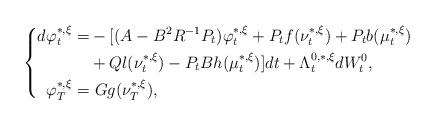
LaTeX: \begin{align*}\left\{\begin{aligned}d\varphi_t^{*,\xi}=&-[(A-B^2R^{-1}P_t)\varphi_t^{*,\xi}+P_tf(\nu_t^{*,\xi})+P_tb(\mu_t^{*,\xi})\\&+Ql(\nu_t^{*,\xi})-P_tBh(\mu_t^{*,\xi})]dt+\Lambda_t^{0,*,\xi}dW^0_t,\\\varphi_T^{*,\xi}=&~Gg(\nu_T^{*,\xi}),\end{aligned}\right.\end{align*}